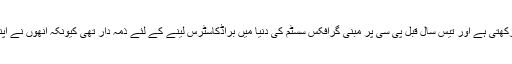
پکسل پاور نئی زمین کو توڑنے کی تاریخ رکھتی ہے اور تیس سال قبل پی سی پر مبنی گرافکس سسٹم کی دنیا میں براڈکاسٹرس لینے کے لئے ذمہ دار تھی کیونکہ انھوں نے اپنے چینل کی تعداد میں تیزی سے اضافہ کیا۔